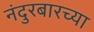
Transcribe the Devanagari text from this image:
नंदुरबारच्या